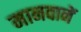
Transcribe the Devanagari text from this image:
मानवानें